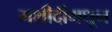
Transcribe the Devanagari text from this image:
मशीदीमधून